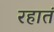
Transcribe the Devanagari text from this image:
रहातं